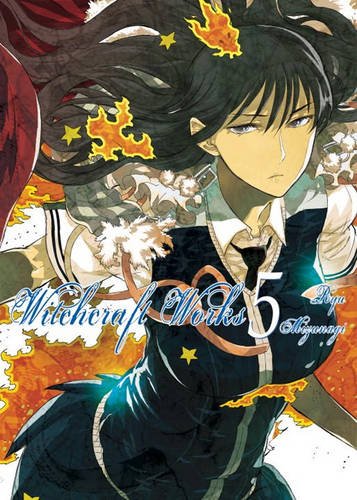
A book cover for Witchcraft Works, Volume 5; Ryu Mizunagi; Comics & Graphic Novels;